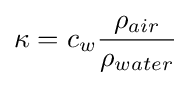
\kappa =c_{w}{\frac {\rho _{air}}{\rho _{water}}}